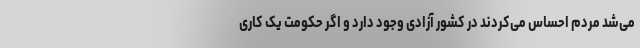
می‌شد مردم احساس می‌کردند در کشور آزادی وجود دارد و اگر حکومت یک کاری